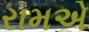
રામએ